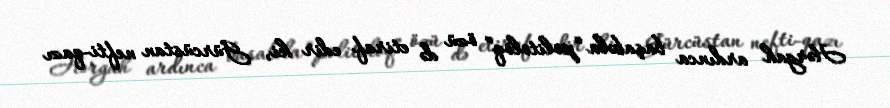
Hərgah ardınca başabəla “politoloq” özü də etiraf edir ki, Gürcüstan nefti-qazı